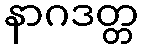
နာဂဒတ္တ